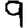
Digit: 9